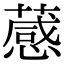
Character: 𦽫